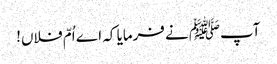
آپﷺ نے فرمایا کہ اے اُمّ فلاں!